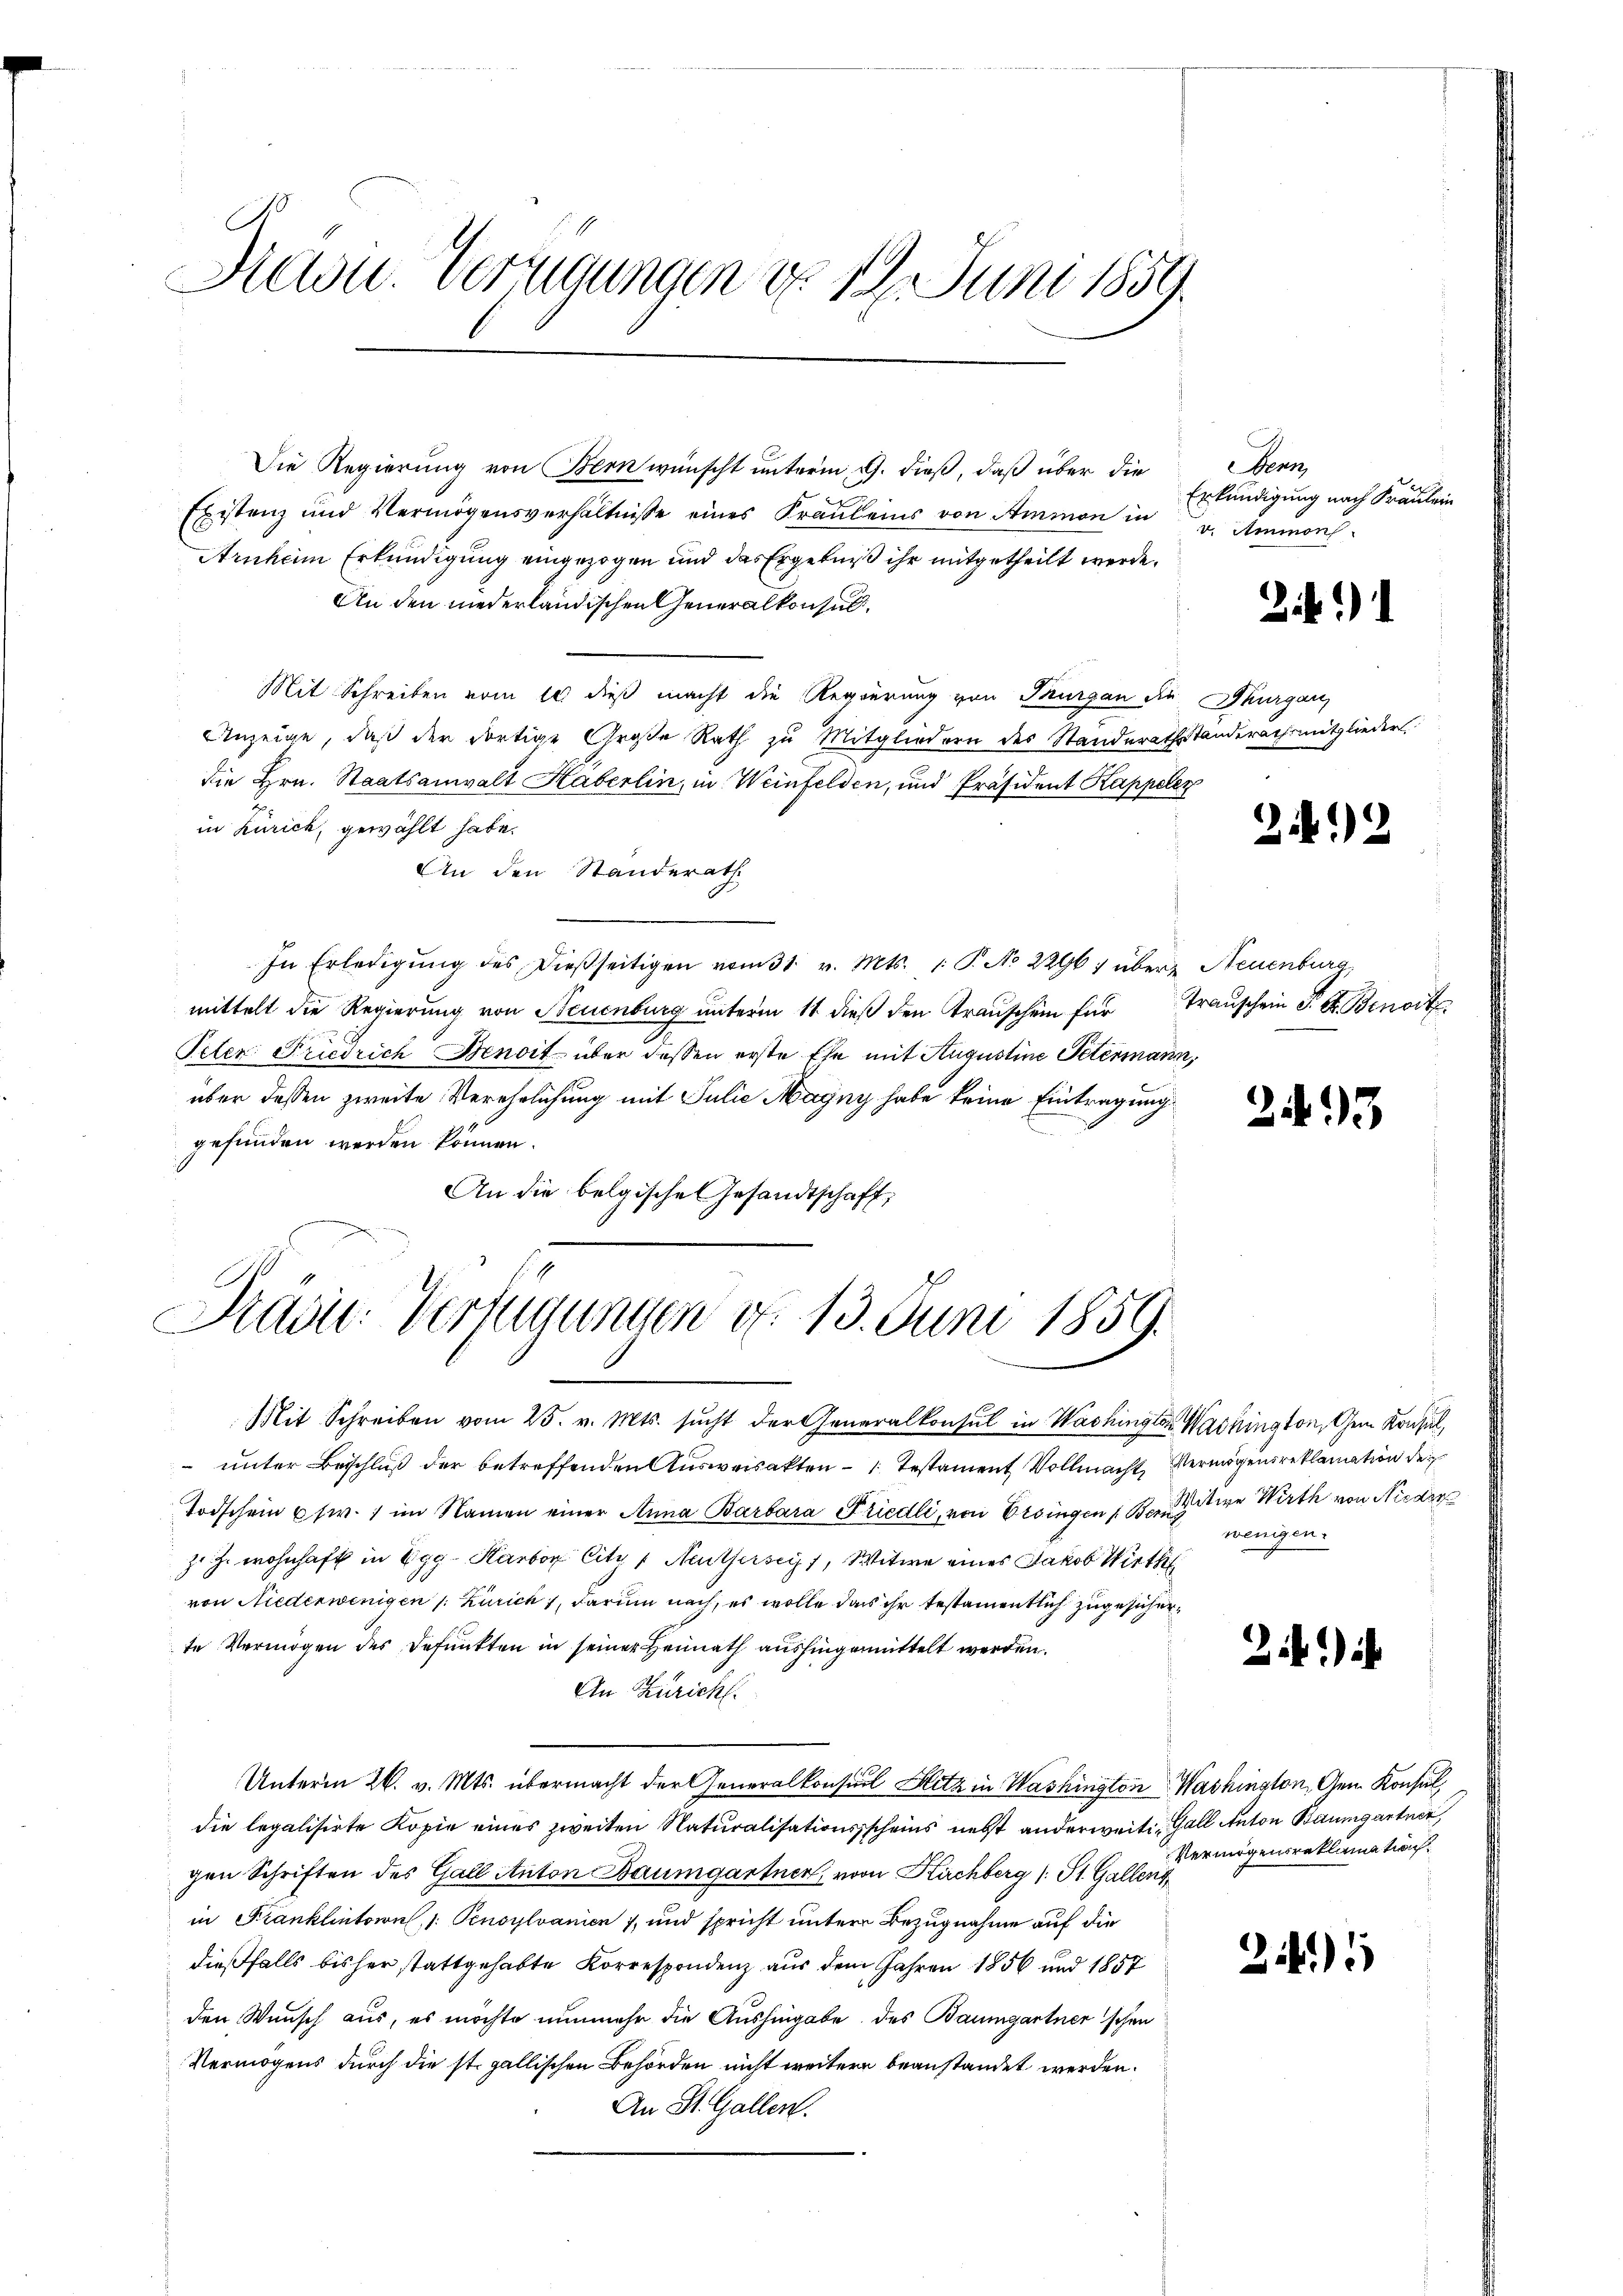
Haou. Verfügungen d. 19. Juni 1859.

Die Regierung von Bern wünscht unterm 9. dieß, daß über die
Ebistenz und Vermögensverhältnisse eines Fräuleins von Ammon in v. Ammorch
Arnheim Erkundigung eingezogen und das Ergebniß ihr mitgetheilt werde,
An den niederländischen Generalkonsul
Mit Schreiben vom 10 dieß macht die Regierung von Thurgan die Thurgau,
Anzeige, daß der dortige Große Rath zu Mitgliedern des Standerathstanderathsmitglieder
die Hrn. Staatsanwalt Haberlin, in Weinfelden, und Präsident Kappeler
in Zürich, gewählt habe.
An den Standerath
In Erledigŭng des dießseitigen vom 31. v. Mts. 1. P. No 2296) über Neuenburg,
mittelt die Regierung von Neuenburg unterm 11 dieß den Transchein für Transchein P. G. Benort
Peten Friedrich Benoit über dessen erste Ehe mit Augustine Petermann,
über dessen zweite Verehrlichung mit Julie Magny habe keine Eintragung
gefunden werden können.
An die belgische Gesandtschaft,

Präsid.: Verfügungen d. 13. Juni 1859.

Mit Schreiben vom 25. v. Mts. sucht der Generalkonsul in Washingten Washington, Gem Konsul,
 unter Beschluß der betreffenden Ausweisakten Testament Vollmacht, Vermögensreklamation der
Todschein usw. ) im Namen einer Anna Barbara Friedli, von Ersingen Bernere Wirth von Nieder
z. h. wohnhaft in Egg Karbon Citz 1 Neuthersciht, Witwe eines Jakob Wirths
von Niederwenigen /: Zürich, darum nach, es wolle das ihr testamentlich zugesicherte Vermögen des defunkten in seiner Heimath aushingermittelt werden.
An Züricht.
Unterm 26. v. Mts. übermacht der Generalkonsul Hitz in Washington Washington, Gen. Konsul,
die legalisirte Kopie eines zweiten Naturalisationsscheins nebst anderweiti- Gall Anton Baumgartner,
gen Schriften des Gall Anton Baumgartner, von Kirchberg (St. Gallent
in Franklintowul, 1 Pensylvanien 1, und spricht untere Bezugnahme auf die
dießfalls bisher stattgehabte Korrespondenz aus dem Jahren 1856 und 1857
den Wunsch aus, es möchte nunmehr die Aushingabe des Baumgartner'schen
Vermögens durch die st. gallischen Behörden nicht weitere beanstandet werden.
An St. Gallen.

Denn
Erkundigung nach Kraulein

Zif. 1

2)

293

wenigen.

2)

Vermögensreklamation

241)